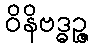
ဝိနိဗဒ္ဓဉ္ဇ